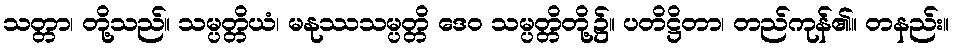
သတ္တာ၊ တို့သည်။ သမ္ပတ္တိယံ၊ မနုဿသမ္ပတ္တိ ဒေဝ သမ္ပတ္တိတို့၌။ ပတိဋ္ဌိတာ၊ တည်ကုန်၏။ တနည်း။